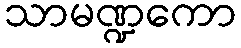
သာမဏ္ဍကော